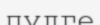
пулге